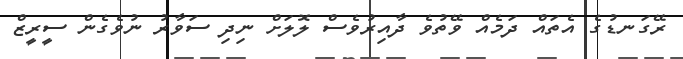
ރޭގަނޑުގެ އެތައް ދަމެއް ވޭތުވެ ދާއިރުވެސް ލޮލަށް ނިދި ސަވާރު ނުވެގެން ސީރީޒް